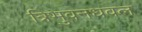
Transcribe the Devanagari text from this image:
त्रिभुवनधवल